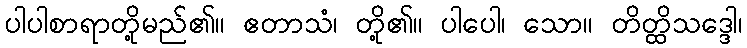
ပါပါစာရာတို့မည်၏။ ဧတာသံ၊ တို့၏။ ပါပေါ၊ သော။ တိတ္ထိသဒ္ဒေါ၊